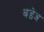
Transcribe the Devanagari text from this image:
बडेअ